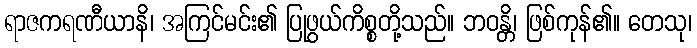
ရာဇကရဏီယာနိ၊ အကြင်မင်း၏ ပြုဖွယ်ကိစ္စတို့သည်။ ဘဝန္တိ၊ ဖြစ်ကုန်၏။ တေသု၊